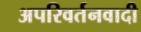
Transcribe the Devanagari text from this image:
अपरिवर्तनवादी